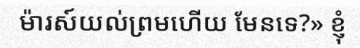
ម៉ារស៍យល់ព្រមហើយ មែនទេ?» ខ្ញុំ